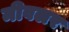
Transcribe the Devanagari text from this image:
मीवलर